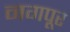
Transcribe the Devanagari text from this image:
नगपूर